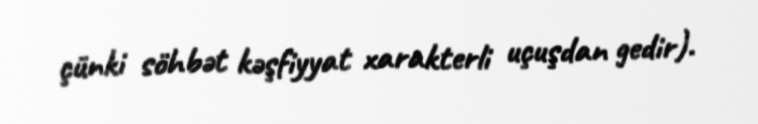
çünki söhbət kəşfiyyat xarakterli uçuşdan gedir).